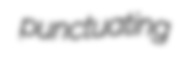
punctuating